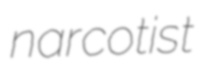
narcotist